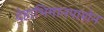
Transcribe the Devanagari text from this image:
देहाभिमानपाशेन